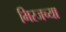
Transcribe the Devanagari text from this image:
मिरजच्या